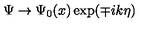
\Psi \rightarrow \Psi _ { 0 } ( x ) \exp ( \mp i k \eta )